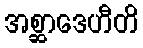
အစ္ဆာဒေဟီတိ